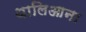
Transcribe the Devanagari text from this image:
थालिआना